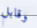
وقابل